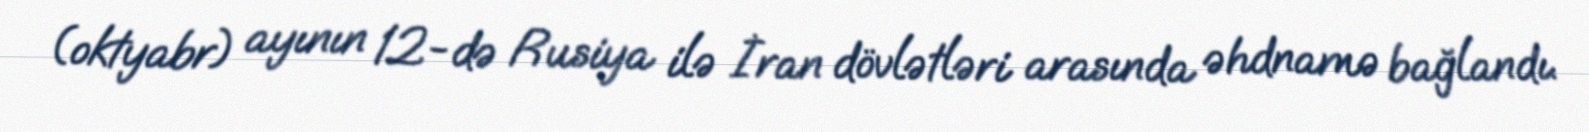
(oktyabr) ayının 12-də Rusiya ilə İran dövlətləri arasında əhdnamə bağlandı.